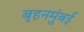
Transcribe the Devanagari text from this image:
बृहनमुंबई